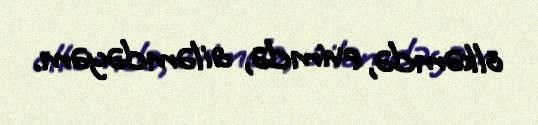
ölkəmdə, evimdə, ailəmdəyəm.